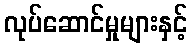
လုပ်ဆောင်မှုများနှင့်